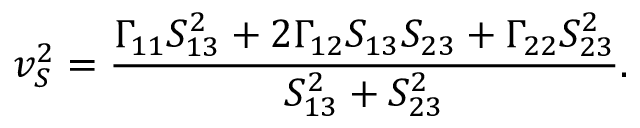
v _ { S } ^ { 2 } = \frac { \Gamma _ { 1 1 } S _ { 1 3 } ^ { 2 } + 2 \Gamma _ { 1 2 } S _ { 1 3 } S _ { 2 3 } + \Gamma _ { 2 2 } S _ { 2 3 } ^ { 2 } } { S _ { 1 3 } ^ { 2 } + S _ { 2 3 } ^ { 2 } } .